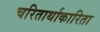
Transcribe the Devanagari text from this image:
चरितार्थाकारिता